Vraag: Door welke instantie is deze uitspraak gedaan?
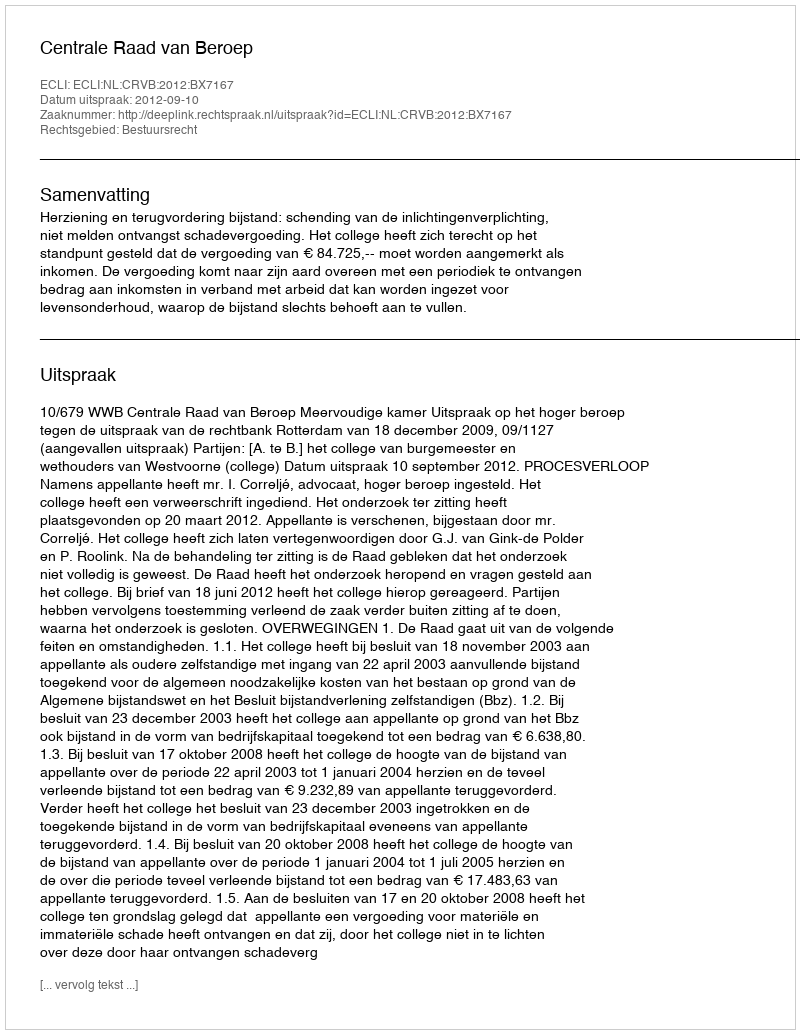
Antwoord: Centrale Raad van Beroep